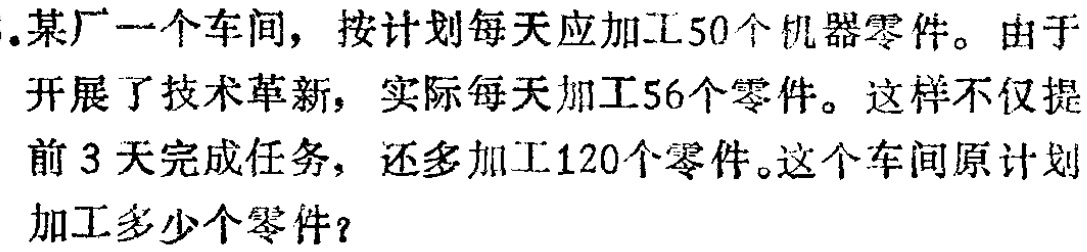
.某厂一个车间，按计划每天应加工50个机器零件。由于开展了技术革新，实际每天加工56个零件。这样不仅提前3天完成任务，还多加工120个零件。这个车间原计划加工多少个零件？